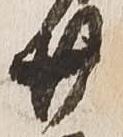
廿